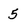
Character: 5